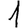
Digit: 1